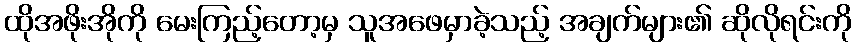
ထိုအဖိုးအိုကို မေးကြည့်တော့မှ သူအဖေမှာခဲ့သည့် အချက်များ၏ ဆိုလိုရင်းကို